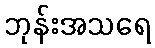
ဘုန်းအသရေ